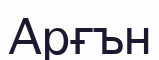
Арғън